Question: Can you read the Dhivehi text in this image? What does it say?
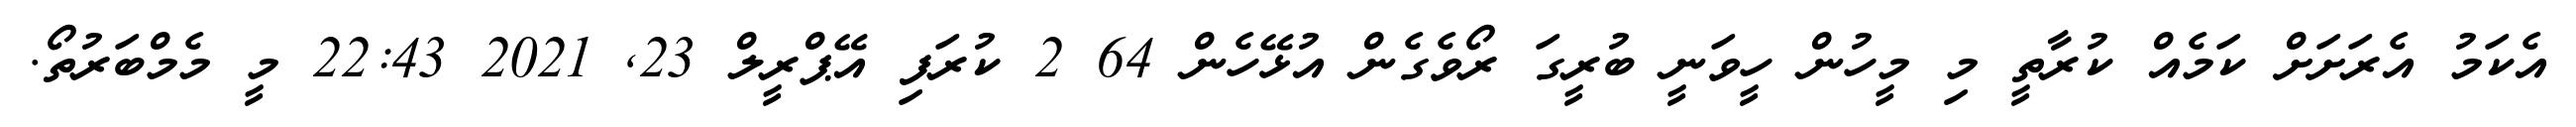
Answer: އެކަމު އެރަށަށް ކަމެއް ކުރާތީ މި މީހުން ހީވަނީ ބުރީގަ ރޯވެގެން އުޅޭހެން 64 2 ކުރަފި އޭޕްރީލް 23, 2021 22:43 މީ މެމްބަރުތޯ.